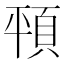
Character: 𩑳